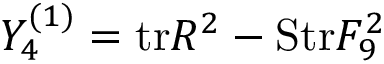
Y _ { 4 } ^ { ( 1 ) } = \mathrm { t r } R ^ { 2 } - \mathrm { S t r } F _ { 9 } ^ { 2 }